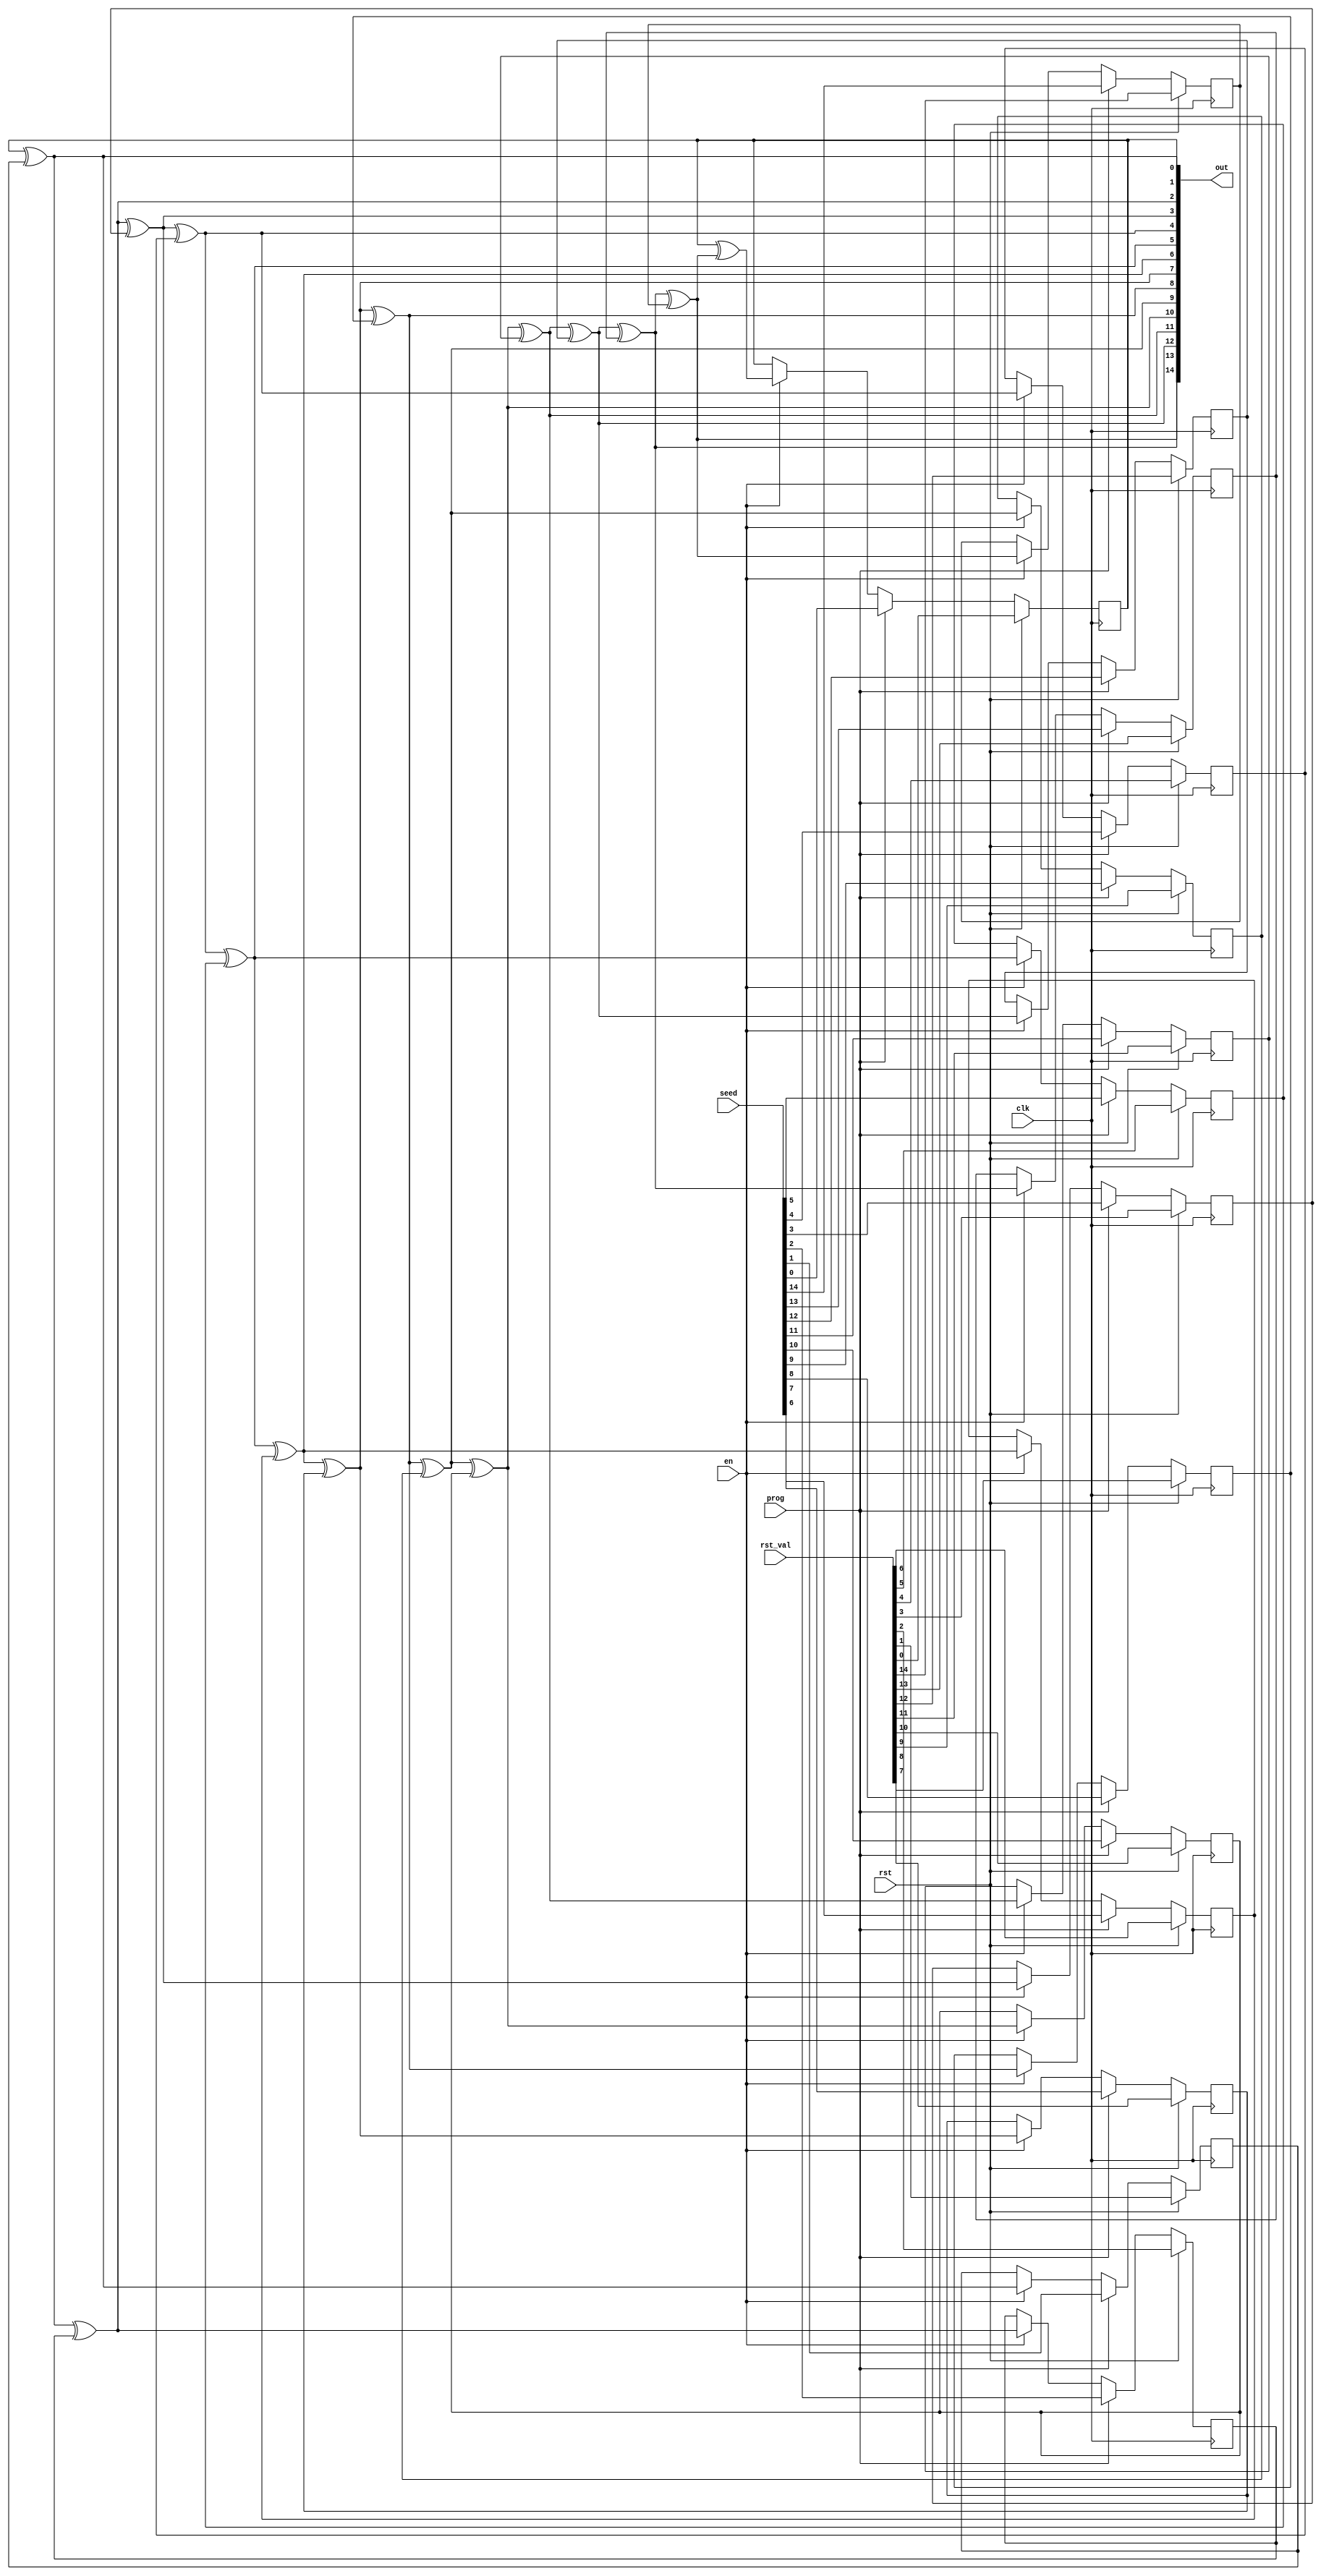
module lfsr_neur_stochround (
	// Inputs
	input wire        clk,
	input wire        rst,
	input wire        en,
	input wire [14:0] rst_val,
	input wire [14:0] seed,
	input wire        prog,

	// Output
	output wire [14:0] out
);

	// Nodes definitions
	wire x0, x0a, x0b;
	wire x1, x1a, x1b;
	wire x2, x2a, x2b;
	wire x3, x3a, x3b;
	wire x4, x4a, x4b;
	wire x5, x5a, x5b;
	wire x6, x6a, x6b;
	wire x7, x7a, x7b;
	wire x8, x8a, x8b;
	wire x9, x9a, x9b;
	wire x10, x10a, x10b;
	wire x11, x11a, x11b;
	wire x12, x12a, x12b;
	wire x13, x13a, x13b;
	wire x14, x14a, x14b;
	wire y0;
	wire y1;
	wire y2;
	wire y3;
	wire y4;
	wire y5;
	wire y6;
	wire y7;
	wire y8;
	wire y9;
	wire y10;
	wire y11;
	wire y12;
	wire y13;
	wire y14;
	reg d0, d1, d2, d3, d4, d5, d6, d7, d8, d9, d10, d11, d12, d13, d14;

	// Combinational and sequential logic definitions
	assign x0 = x0a ^ x0b;
	assign x1 = x1a ^ x1b;
	assign x2 = x2a ^ x2b;
	assign x3 = x3a ^ x3b;
	assign x4 = x4a ^ x4b;
	assign x5 = x5a ^ x5b;
	assign x6 = x6a ^ x6b;
	assign x7 = x7a ^ x7b;
	assign x8 = x8a ^ x8b;
	assign x9 = x9a ^ x9b;
	assign x10 = x10a ^ x10b;
	assign x11 = x11a ^ x11b;
	assign x12 = x12a ^ x12b;
	assign x13 = x13a ^ x13b;
	assign x14 = x14a ^ x14b;
	assign y1 = x0;
	assign y2 = x1;
	assign y3 = x2;
	assign y4 = x3;
	assign y5 = x4;
	assign y6 = x5;
	assign y7 = x6;
	assign y8 = x7;
	assign y9 = x8;
	assign y10 = x9;
	assign y11 = x10;
	assign y12 = x11;
	assign y13 = x12;
	assign y14 = x13;
	always @(posedge clk)
		if (rst)
			d0 <= rst_val[0];
		else if (prog)
			d0 <= seed[0];
		else if (en)
			d0 <= x14;
	assign y0 = d0;
	assign x0a = y0;
	assign x14a = y0;
	assign x1a = y1;
	always @(posedge clk)
		if (rst)
			d1 <= rst_val[1];
		else if (prog)
			d1 <= seed[1];
		else if (en)
			d1 <= y1;
	assign x0b = d1;
	assign x2a = y2;
	always @(posedge clk)
		if (rst)
			d2 <= rst_val[2];
		else if (prog)
			d2 <= seed[2];
		else if (en)
			d2 <= y2;
	assign x1b = d2;
	assign x3a = y3;
	always @(posedge clk)
		if (rst)
			d3 <= rst_val[3];
		else if (prog)
			d3 <= seed[3];
		else if (en)
			d3 <= y3;
	assign x2b = d3;
	assign x4a = y4;
	always @(posedge clk)
		if (rst)
			d4 <= rst_val[4];
		else if (prog)
			d4 <= seed[4];
		else if (en)
			d4 <= y4;
	assign x3b = d4;
	assign x5a = y5;
	always @(posedge clk)
		if (rst)
			d5 <= rst_val[5];
		else if (prog)
			d5 <= seed[5];
		else if (en)
			d5 <= y5;
	assign x4b = d5;
	assign x6a = y6;
	always @(posedge clk)
		if (rst)
			d6 <= rst_val[6];
		else if (prog)
			d6 <= seed[6];
		else if (en)
			d6 <= y6;
	assign x5b = d6;
	assign x7a = y7;
	always @(posedge clk)
		if (rst)
			d7 <= rst_val[7];
		else if (prog)
			d7 <= seed[7];
		else if (en)
			d7 <= y7;
	assign x6b = d7;
	assign x8a = y8;
	always @(posedge clk)
		if (rst)
			d8 <= rst_val[8];
		else if (prog)
			d8 <= seed[8];
		else if (en)
			d8 <= y8;
	assign x7b = d8;
	assign x9a = y9;
	always @(posedge clk)
		if (rst)
			d9 <= rst_val[9];
		else if (prog)
			d9 <= seed[9];
		else if (en)
			d9 <= y9;
	assign x8b = d9;
	assign x10a = y10;
	always @(posedge clk)
		if (rst)
			d10 <= rst_val[10];
		else if (prog)
			d10 <= seed[10];
		else if (en)
			d10 <= y10;
	assign x9b = d10;
	assign x11a = y11;
	always @(posedge clk)
		if (rst)
			d11 <= rst_val[11];
		else if (prog)
			d11 <= seed[11];
		else if (en)
			d11 <= y11;
	assign x10b = d11;
	assign x12a = y12;
	always @(posedge clk)
		if (rst)
			d12 <= rst_val[12];
		else if (prog)
			d12 <= seed[12];
		else if (en)
			d12 <= y12;
	assign x11b = d12;
	assign x13a = y13;
	always @(posedge clk)
		if (rst)
			d13 <= rst_val[13];
		else if (prog)
			d13 <= seed[13];
		else if (en)
			d13 <= y13;
	assign x12b = d13;
	assign x14b = y14;
	always @(posedge clk)
		if (rst)
			d14 <= rst_val[14];
		else if (prog)
			d14 <= seed[14];
		else if (en)
			d14 <= y14;
	assign x13b = d14;

	// Output assignment
	assign out = {y14,y13,y12,y11,y10,y9,y8,y7,y6,y5,y4,y3,y2,y1,y0};

endmodule